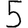
Digit: 5